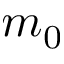
m _ { 0 }